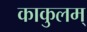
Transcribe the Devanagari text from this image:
काकुलम्